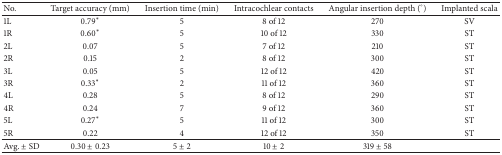
<table><thead><tr><td><b>No.</b></td><td><b>Target accuracy (mm)</b></td><td><b>Insertion time (min)</b></td><td><b>Intracochlear contacts</b></td><td><b>Angular insertion depth (°)</b></td><td><b>Implanted scala</b></td></tr></thead><tbody><tr><td>1L</td><td>0.79∗</td><td>5</td><td>8 of 12</td><td>270</td><td>SV</td></tr><tr><td>1R</td><td>0.60∗</td><td>5</td><td>10 of 12</td><td>330</td><td>ST</td></tr><tr><td>2L</td><td>0.07</td><td>5</td><td>7 of 12</td><td>210</td><td>ST</td></tr><tr><td>2R</td><td>0.15</td><td>2</td><td>8 of 12</td><td>300</td><td>ST</td></tr><tr><td>3L</td><td>0.05</td><td>5</td><td>12 of 12</td><td>420</td><td>ST</td></tr><tr><td>3R</td><td>0.33∗</td><td>2</td><td>11 of 12</td><td>360</td><td>ST</td></tr><tr><td>4L</td><td>0.28</td><td>5</td><td>8 of 12</td><td>290</td><td>ST</td></tr><tr><td>4R</td><td>0.24</td><td>7</td><td>9 of 12</td><td>360</td><td>ST</td></tr><tr><td>5L</td><td>0.27∗</td><td>5</td><td>11 of 12</td><td>300</td><td>ST</td></tr><tr><td>5R</td><td>0.22</td><td>4</td><td>12 of 12</td><td>350</td><td>ST</td></tr><tr><td>Avg. ± SD</td><td>0.30 ± 0.23</td><td>5 ± 2</td><td>10 ± 2</td><td>319 ± 58</td><td> </td></tr></tbody></table>